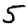
Digit: 5